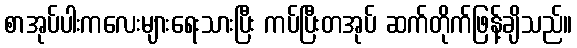
စာအုပ်ပါးကလေးများရေးသားပြီး ကပ်ပြီးတအုပ် ဆက်တိုက်ဖြန့်ချိသည်။